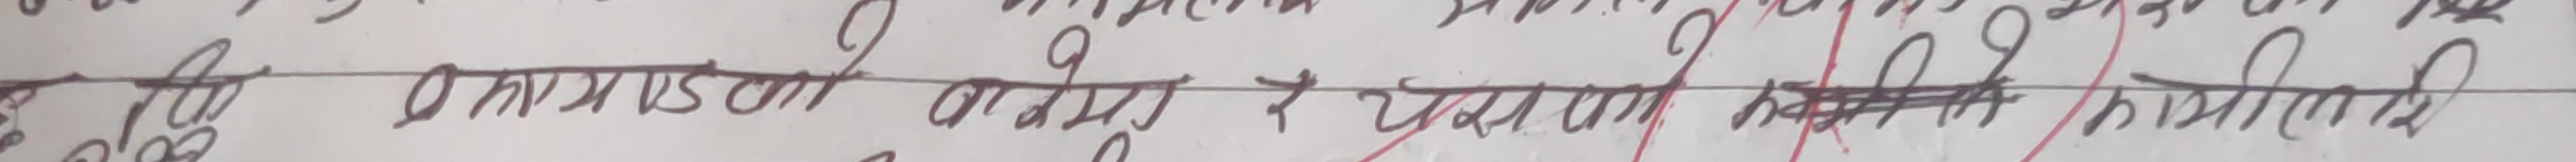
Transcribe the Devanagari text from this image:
एवमस्तु कोमपुरी २ परातको हकीमीमी